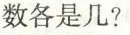
数各是几?